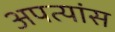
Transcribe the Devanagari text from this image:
अपत्यांस